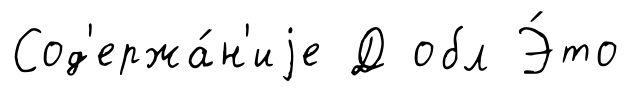
Сод'ержа́н'иjе Д обл Э́то